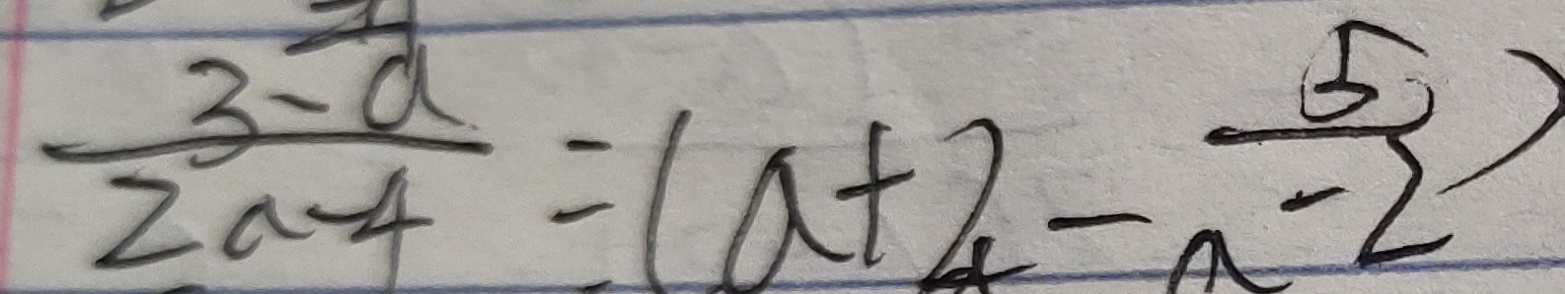
\frac { 3 - a } { 2 a - 4 } = ( a + 2 - \frac { 5 } { a - 2 } )